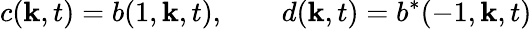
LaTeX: c({\mathbf k},t)=b(1,{\mathbf k},t),\qquad d({\mathbf k},t)=b^{\ast}(-1,{\mathbf k},t)